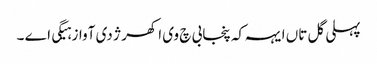
پہلی گل تاں ایہہ کہ پنجابی چ وی اکھر ژ دی آواز ہیگی اے ۔